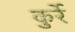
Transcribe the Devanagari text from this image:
कुर्रे